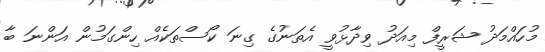
މުހައްމަދު ޝަރީފް މިއަދު ވިދާޅުވީ އެތަނުގެ ގިނަ ކޯސްތަކެއް ހިންގަމުން އަންނަ ބާ